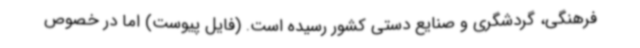
فرهنگی، گردشگری و صنایع دستی کشور رسیده است. (فایل پیوست) اما در خصوص